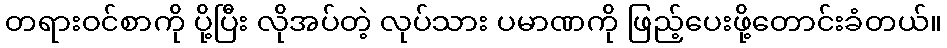
တရားဝင်စာကို ပို့ပြီး လိုအပ်တဲ့ လုပ်သား ပမာဏကို ဖြည့်ပေးဖို့တောင်းခံတယ်။